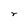
Character: r